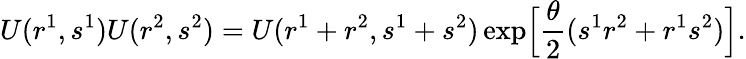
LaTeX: U(r^{1},s^{1})U(r^{2},s^{2})=U(r^{1}+r^{2},s^{1}+s^{2})\exp\Bigl[\frac{\theta}{2}(s^{1}r^{2}+r^{1}s^{2})\Bigr].